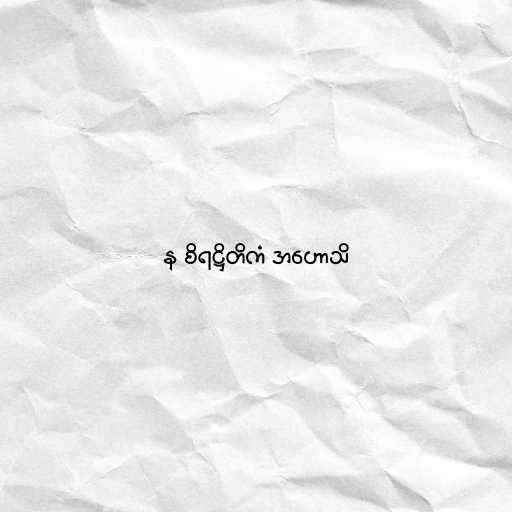
န စိရဋ္ဌိတိကံ အဟောသိ